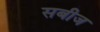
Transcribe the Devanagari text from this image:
सबीज